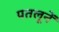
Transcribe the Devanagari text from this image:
पतलूनें